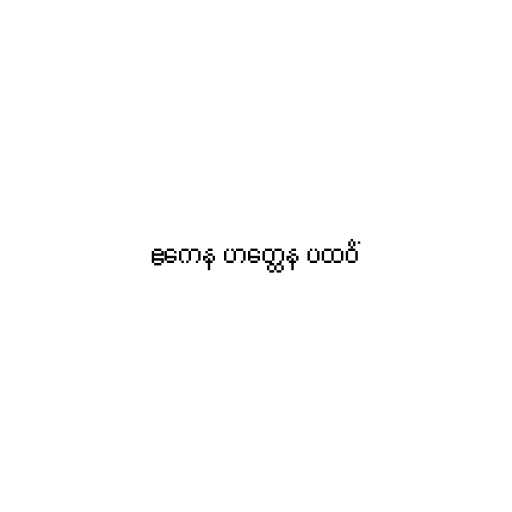
ဧကေန ဟတ္ထေန ပထဝိံ